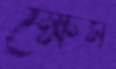
ক্ষেম